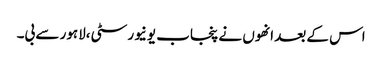
اس کے بعد انھوں نے پنجاب یونیورسٹی،لاہور سے بی۔